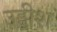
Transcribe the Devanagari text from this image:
उड्डीश